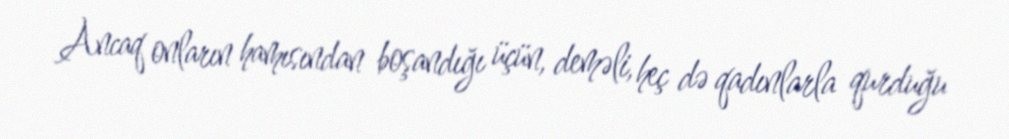
Ancaq onların hamısından boşandığı üçün, deməli, heç də qadınlarla qurduğu